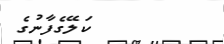
ކަލޭގެފާނުގެ